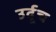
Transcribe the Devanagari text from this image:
उर्दूच